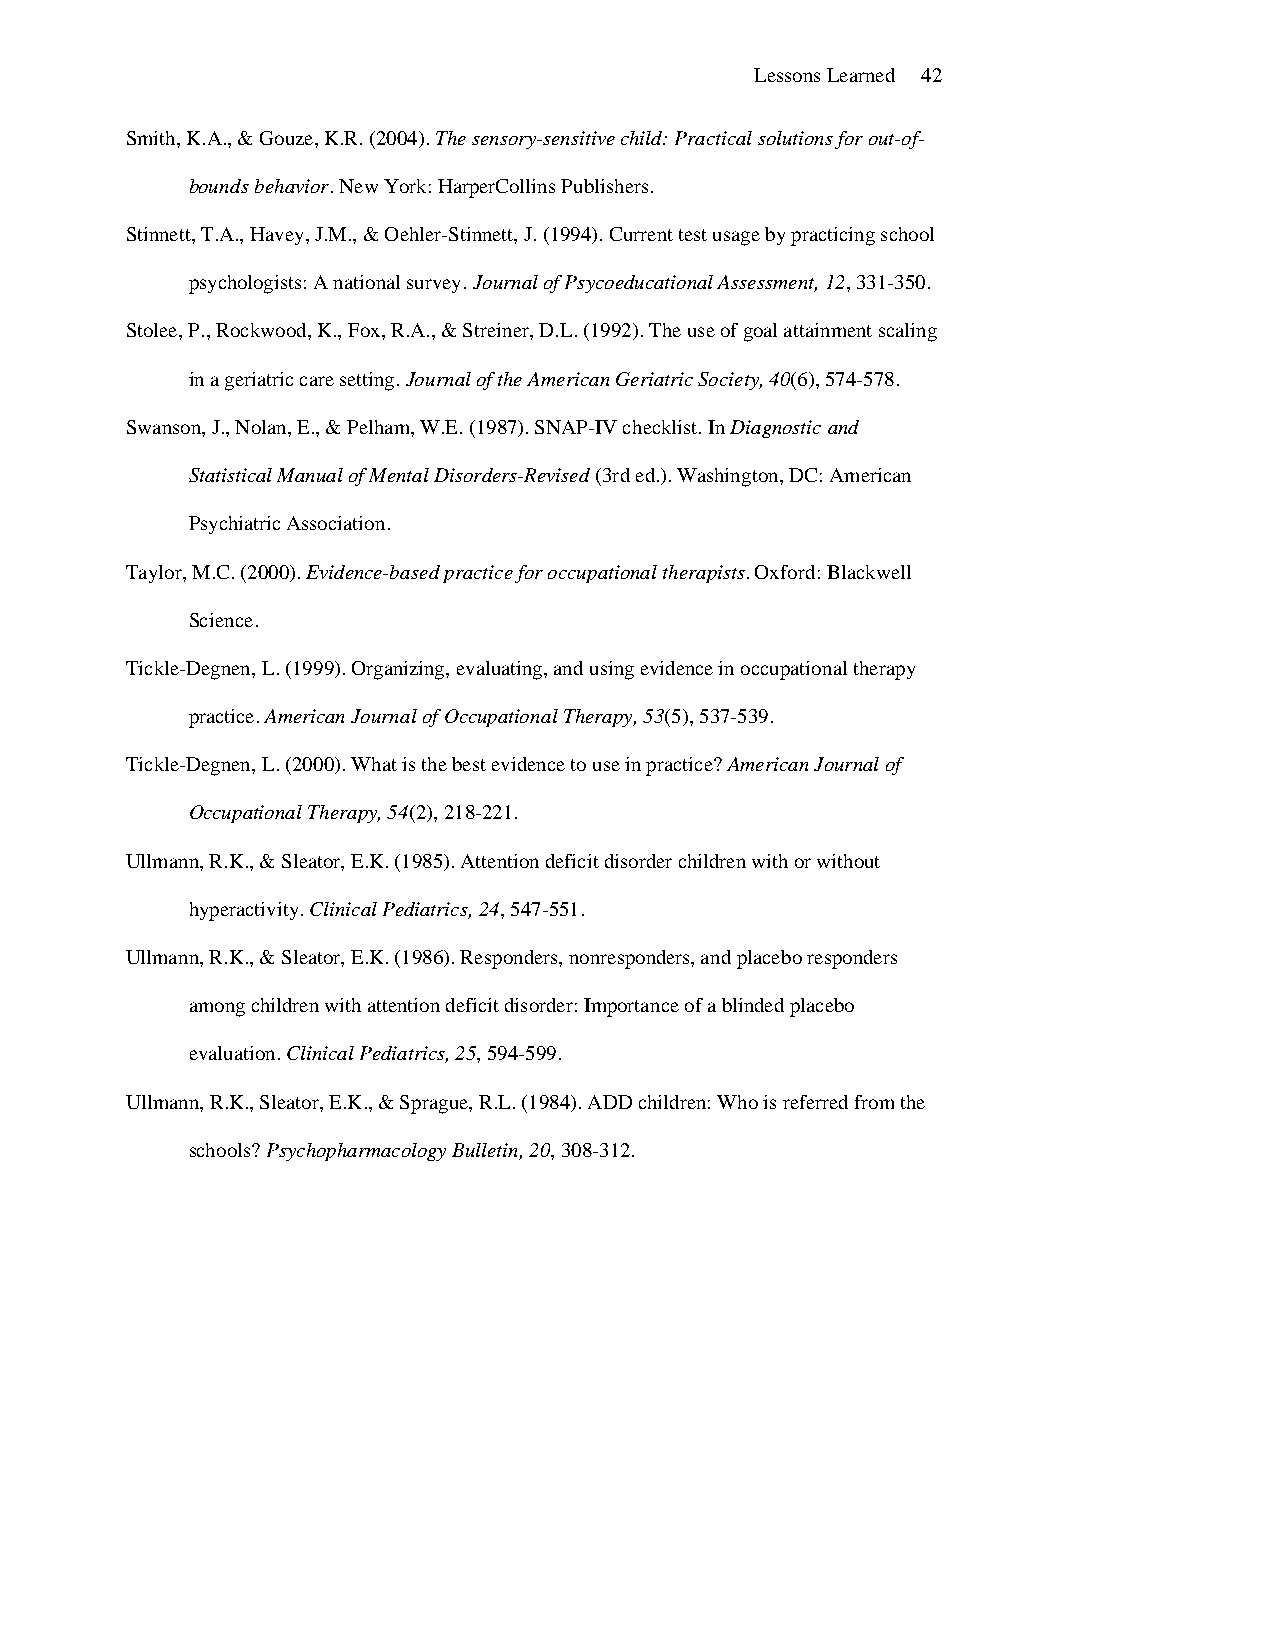
Lessons Learned 42
 Smith, K.A., & Gouze, K.R. (2004). The sensory-sensitive child: Practical solutions for out-of-
 bounds behavior. New York: HarperCollins Publishers.
 Stinnett, T.A., Havey, J.M., & Oehler-Stinnett, J. (1994). Current test usage by practicing school
 psychologists: A national survey. Journal of Psycoeducational Assessment, 12, 331-350.
 Stolee, P., Rockwood, K., Fox, R.A., & Streiner, D.L. (1992). The use of goal attainment scaling
 in a geriatric care setting. Journal of the American Geriatric Society, 40(6), 574-578.
 Swanson, J., Nolan, E., & Pelham, W.E. (1987). SNAP-IV checklist. In Diagnostic and
 Statistical Manual of Mental Disorders-Revised (3rd ed.). Washington, DC: American
 Psychiatric Association.
 Taylor, M.C. (2000). Evidence-based practice for occupational therapists. Oxford: Blackwell
 Science.
 Tickle-Degnen, L. (1999). Organizing, evaluating, and using evidence in occupational therapy
 practice. American Journal of Occupational Therapy, 53(5), 537-539.
 Tickle-Degnen, L. (2000). What is the best evidence to use in practice? American Journal of
 Occupational Therapy, 54(2), 218-221.
 Ullmann, R.K., & Sleator, E.K. (1985). Attention deficit disorder children with or without
 hyperactivity. Clinical Pediatrics, 24, 547-551.
 Ullmann, R.K., & Sleator, E.K. (1986). Responders, nonresponders, and placebo responders
 among children with attention deficit disorder: Importance of a blinded placebo
 evaluation. Clinical Pediatrics, 25, 594-599.
 Ullmann, R.K., Sleator, E.K., & Sprague, R.L. (1984). ADD children: Who is referred from the
 schools? Psychopharmacology Bulletin, 20, 308-312.